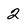
Character: 2